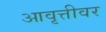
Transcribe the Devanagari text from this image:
आवृत्तीवर